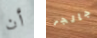
أن جالجر